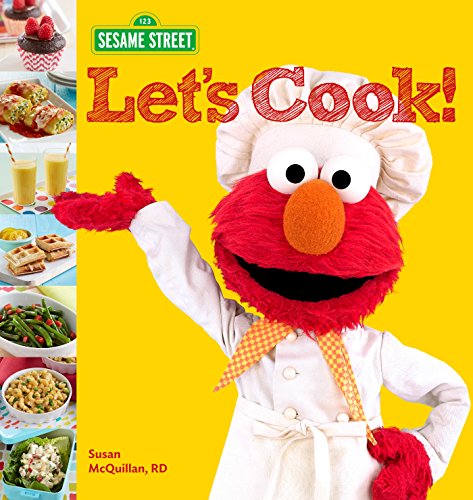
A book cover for Sesame Street Let's Cook!; Sesame Workshop; Cookbooks, Food & Wine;